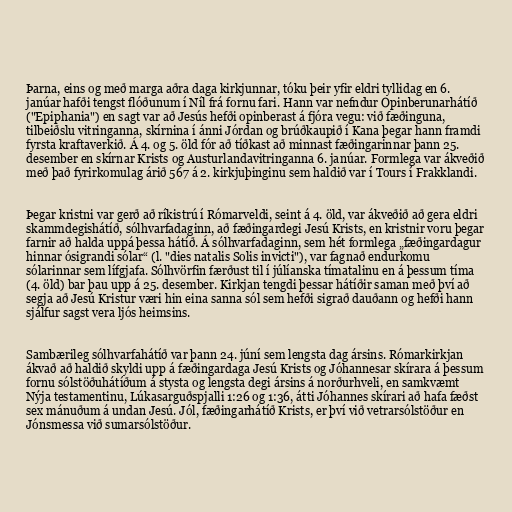
Þarna, eins og með marga aðra daga kirkjunnar, tóku þeir yfir eldri tyllidag en 6.
janúar hafði tengst flóðunum í Níl frá fornu fari. Hann var nefndur Opinberunarhátíð
("Epiphania") en sagt var að Jesús hefði opinberast á fjóra vegu: við fæðinguna,
tilbeiðslu vitringanna, skírnina í ánni Jórdan og brúðkaupið í Kana þegar hann framdi
fyrsta kraftaverkið. Á 4. og 5. öld fór að tíðkast að minnast fæðingarinnar þann 25.
desember en skírnar Krists og Austurlandavitringanna 6. janúar. Formlega var ákveðið
með það fyrirkomulag árið 567 á 2. kirkjuþinginu sem haldið var í Tours í Frakklandi.

Þegar kristni var gerð að ríkistrú í Rómarveldi, seint á 4. öld, var ákveðið að gera eldri
skammdegishátíð, sólhvarfadaginn, að fæðingardegi Jesú Krists, en kristnir voru þegar
farnir að halda uppá þessa hátíð. Á sólhvarfadaginn, sem hét formlega „fæðingardagur
hinnar ósigrandi sólar“ (l. "dies natalis Solis invicti"), var fagnað endurkomu
sólarinnar sem lífgjafa. Sólhvörfin færðust til í júlíanska tímatalinu en á þessum tíma
(4. öld) bar þau upp á 25. desember. Kirkjan tengdi þessar hátíðir saman með því að
segja að Jesú Kristur væri hin eina sanna sól sem hefði sigrað dauðann og hefði hann
sjálfur sagst vera ljós heimsins.

Sambærileg sólhvarfahátíð var þann 24. júní sem lengsta dag ársins. Rómarkirkjan
ákvað að haldið skyldi upp á fæðingardaga Jesú Krists og Jóhannesar skírara á þessum
fornu sólstöðuhátíðum á stysta og lengsta degi ársins á norðurhveli, en samkvæmt
Nýja testamentinu, Lúkasarguðspjalli 1:26 og 1:36, átti Jóhannes skírari að hafa fæðst
sex mánuðum á undan Jesú. Jól, fæðingarhátíð Krists, er því við vetrarsólstöður en
Jónsmessa við sumarsólstöður.